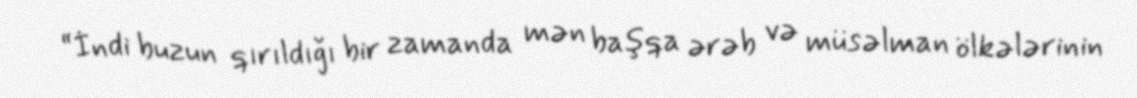
“İndi buzun qırıldığı bir zamanda mən başqa ərəb və müsəlman ölkələrinin